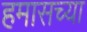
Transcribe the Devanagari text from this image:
हमासच्या